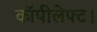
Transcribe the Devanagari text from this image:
कॉपीलेफ्ट।